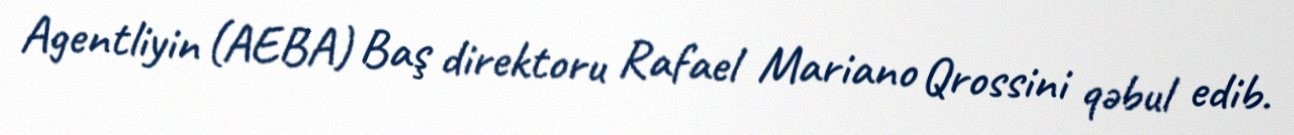
Agentliyin (AEBA) Baş direktoru Rafael Mariano Qrossini qəbul edib.